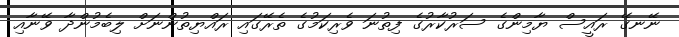
ނޭނގޭ ރައީސް ޔާމިންގެ ސަރުކާރުގެ ފިތުނަ ވެރިކަމުގެ ތެރޭގައި ރައްޔިތުންނަށް ލިބެމުންދާ ވޭނާއި